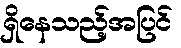
ရှိနေသည့်အပြင်